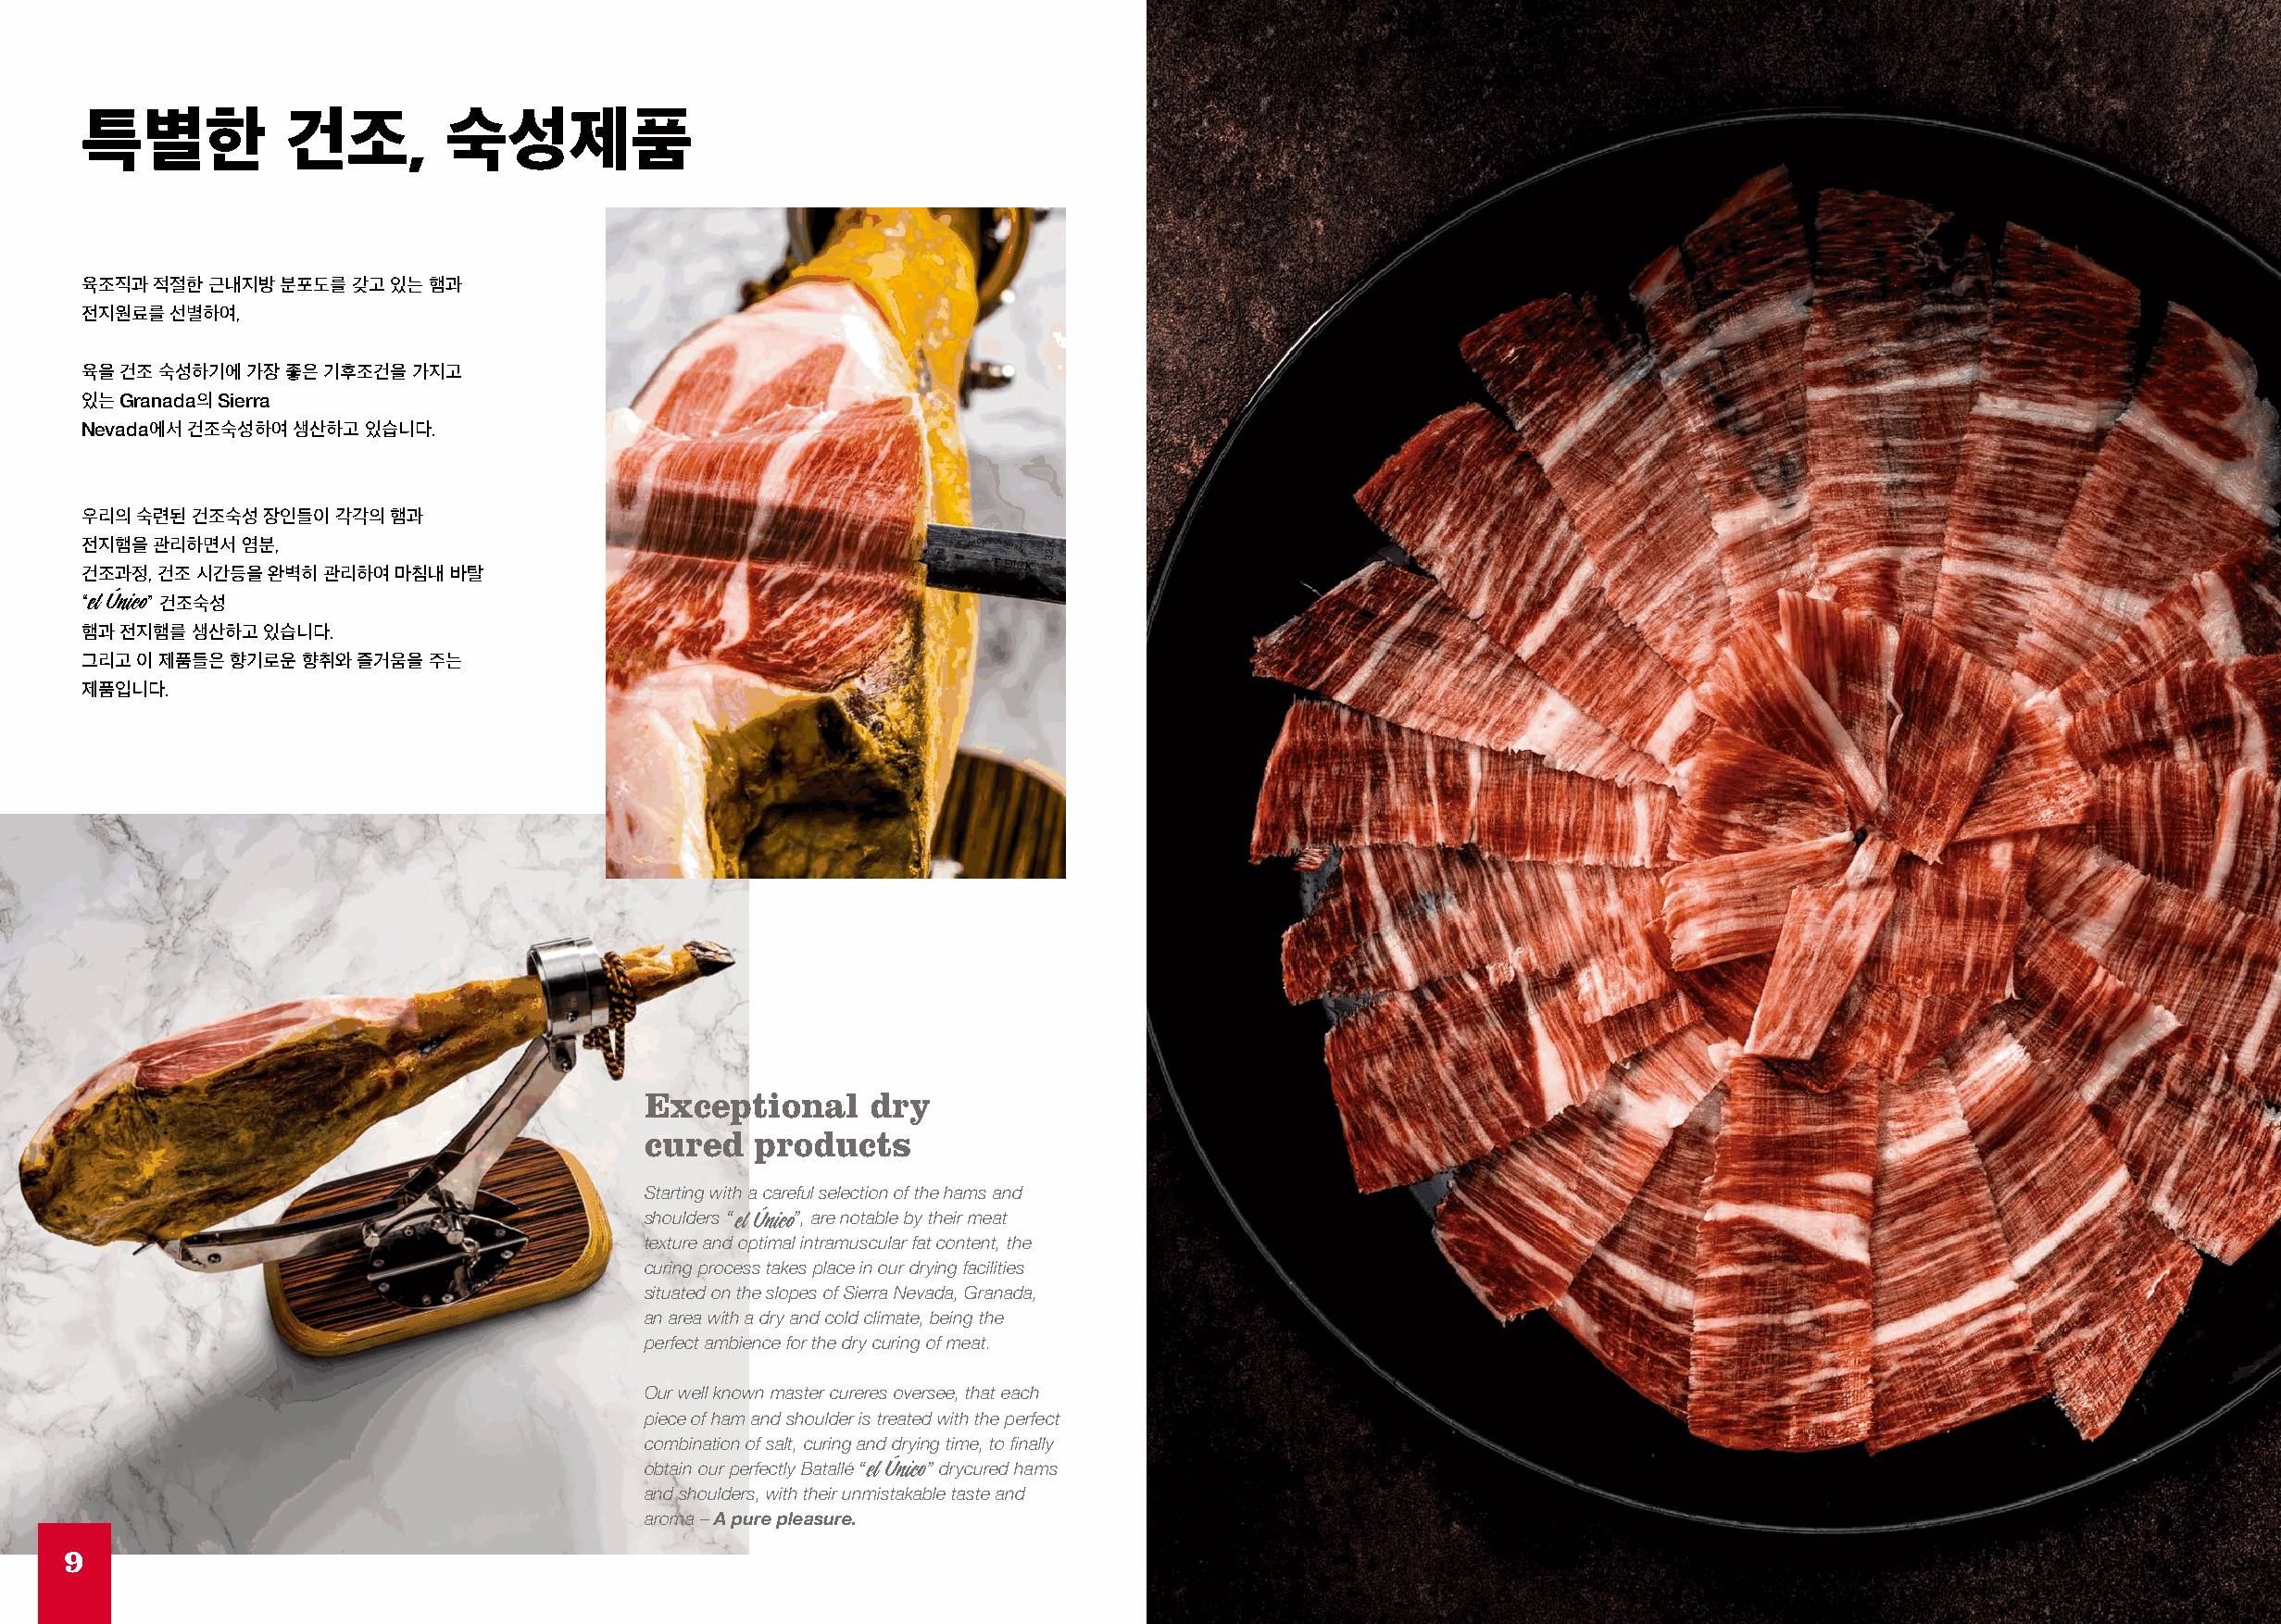
특별한           건조,         숙성제품
 육조직과 적절한 근내지방 분포도를 갖고 있는 햄과
 전지원료를 선별하여,
 육을 건조 숙성하기에 가장 좋은 기후조건을 가지고
 있는 Granada의 Sierra
 Nevada에서 건조숙성하여 생산하고 있습니다.
 우리의 숙련된 건조숙성 장인들이 각각의 햄과
 전지햄을 관리하면서 염분,
 건조과정, 건조 시간등을 완벽히 관리하여 마침내 바탈
 “    ” 건조숙성
 햄과 전지햄를 생산하고 있습니다.
 그리고 이 제품들은 향기로운 향취와 즐거움을 주는
 제품입니다.
 Exceptional     dry
 cured   products
 Starting with a careful selection of the hams and
 shoulders “ ”, are notable by their meat
 texture and optimal intramuscular fat content, the
 curing process takes place in our drying facilities
 situated on the slopes of Sierra Nevada, Granada,
 an area with a dry and cold climate, being the
 perfect ambience for the dry curing of meat.
 Our well known master cureres oversee, that each
 piece of ham and shoulder is treated with the perfect
 combination of salt, curing and drying time, to finally
 obtain our perfectly Batallé “ ” drycured hams
 and shoulders, with their unmistakable taste and
 aroma – A pure pleasure.
 9